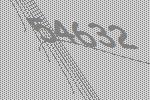
54632